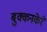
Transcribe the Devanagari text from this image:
बुक्कनकेरे